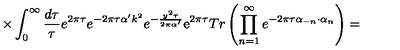
\times \int _ { 0 } ^ { \infty } \frac { d \tau } { \tau } e ^ { 2 \pi \tau } e ^ { - 2 \pi \tau \alpha ^ { \prime } k ^ { 2 } } e ^ { - \frac { y ^ { 2 } \tau } { 2 \pi \alpha ^ { \prime } } } \mathrm { e } ^ { 2 \pi \tau } T r \left( \prod _ { n = 1 } ^ { \infty } e ^ { - 2 \pi \tau \alpha _ { - n } \cdot \alpha _ { n } } \right) =